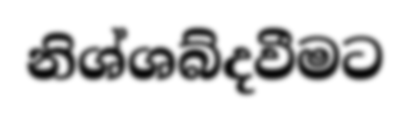
නිශ්ශබ්දවීමට